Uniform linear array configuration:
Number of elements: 16
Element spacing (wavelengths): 0.25
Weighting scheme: binomial
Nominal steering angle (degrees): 30
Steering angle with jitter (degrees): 30.613
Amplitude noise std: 0.05
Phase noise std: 0.05

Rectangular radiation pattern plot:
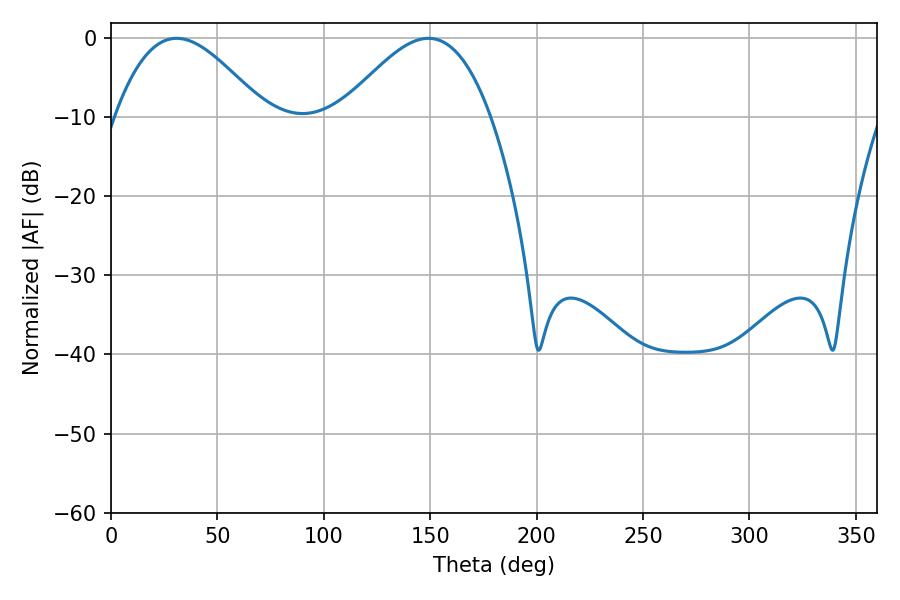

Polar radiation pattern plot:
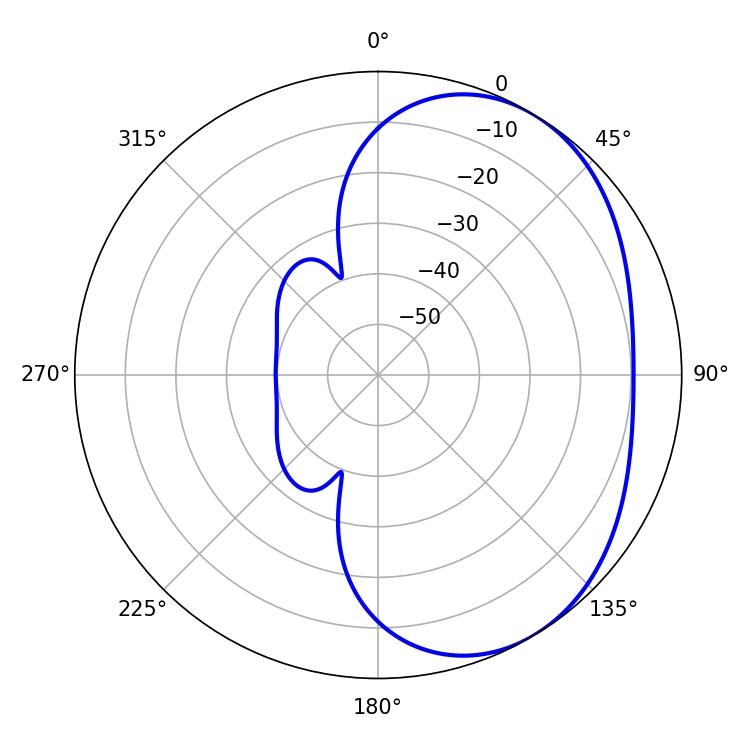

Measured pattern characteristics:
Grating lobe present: FALSE
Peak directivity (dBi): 3.747
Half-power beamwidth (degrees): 37.8
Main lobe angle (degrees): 30.78